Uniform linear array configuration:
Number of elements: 24
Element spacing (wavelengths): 0.5
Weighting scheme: exponential
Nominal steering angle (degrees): -60
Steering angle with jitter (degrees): -61.778
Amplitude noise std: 0.05
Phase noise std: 0.05

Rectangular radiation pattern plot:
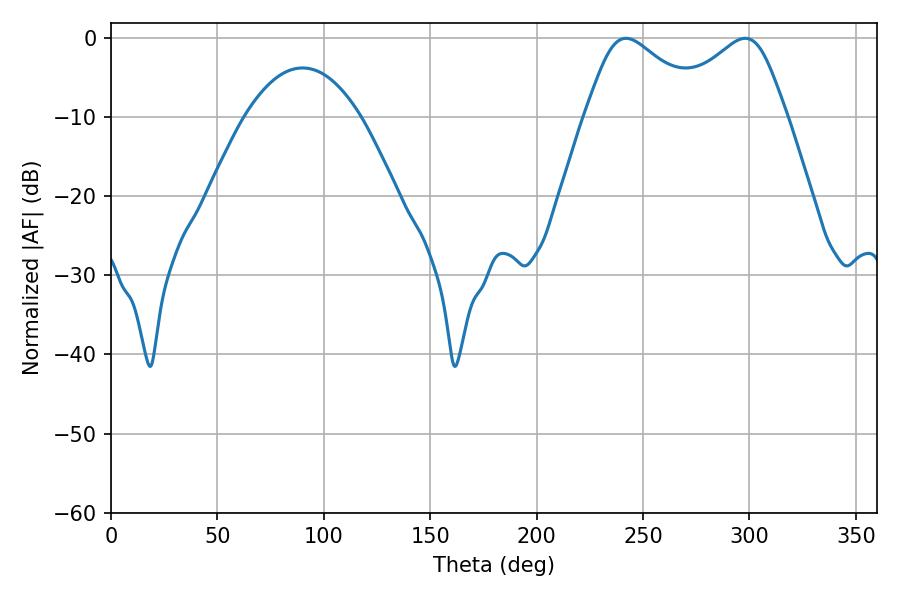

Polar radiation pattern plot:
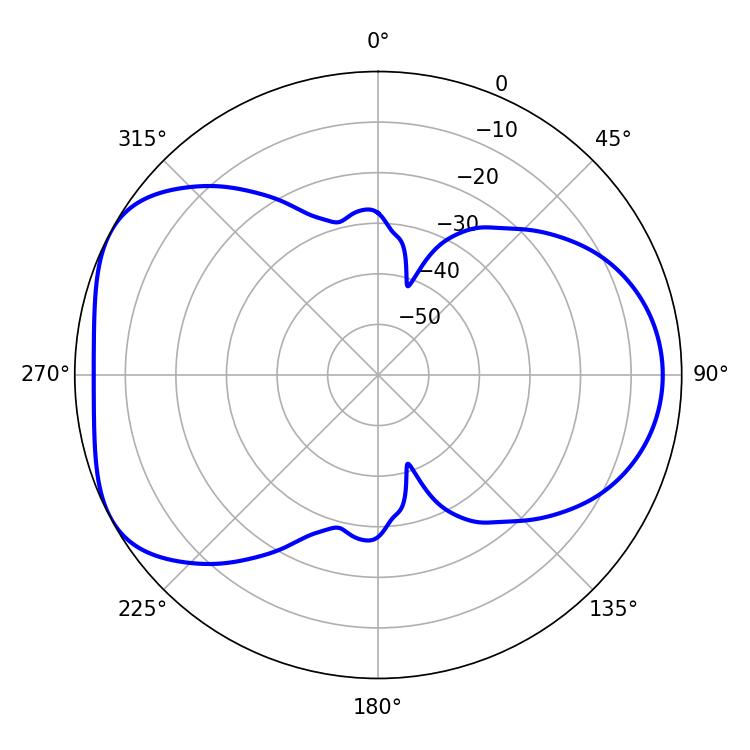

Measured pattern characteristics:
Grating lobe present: FALSE
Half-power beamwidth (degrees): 28.62
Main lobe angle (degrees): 241.92